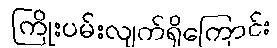
ကြိုးပမ်းလျက်ရှိကြောင်း